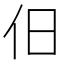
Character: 𬽪